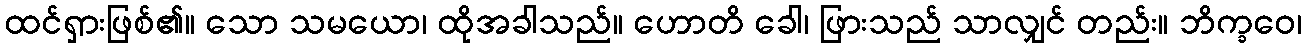
ထင်ရှားဖြစ်၏။ သော သမယော၊ ထိုအခါသည်။ ဟောတိ ခေါ၊ ဖြားသည် သာလျှင် တည်း။ ဘိက္ခဝေ၊